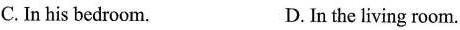
C.In his bedroom. D. In the living room.